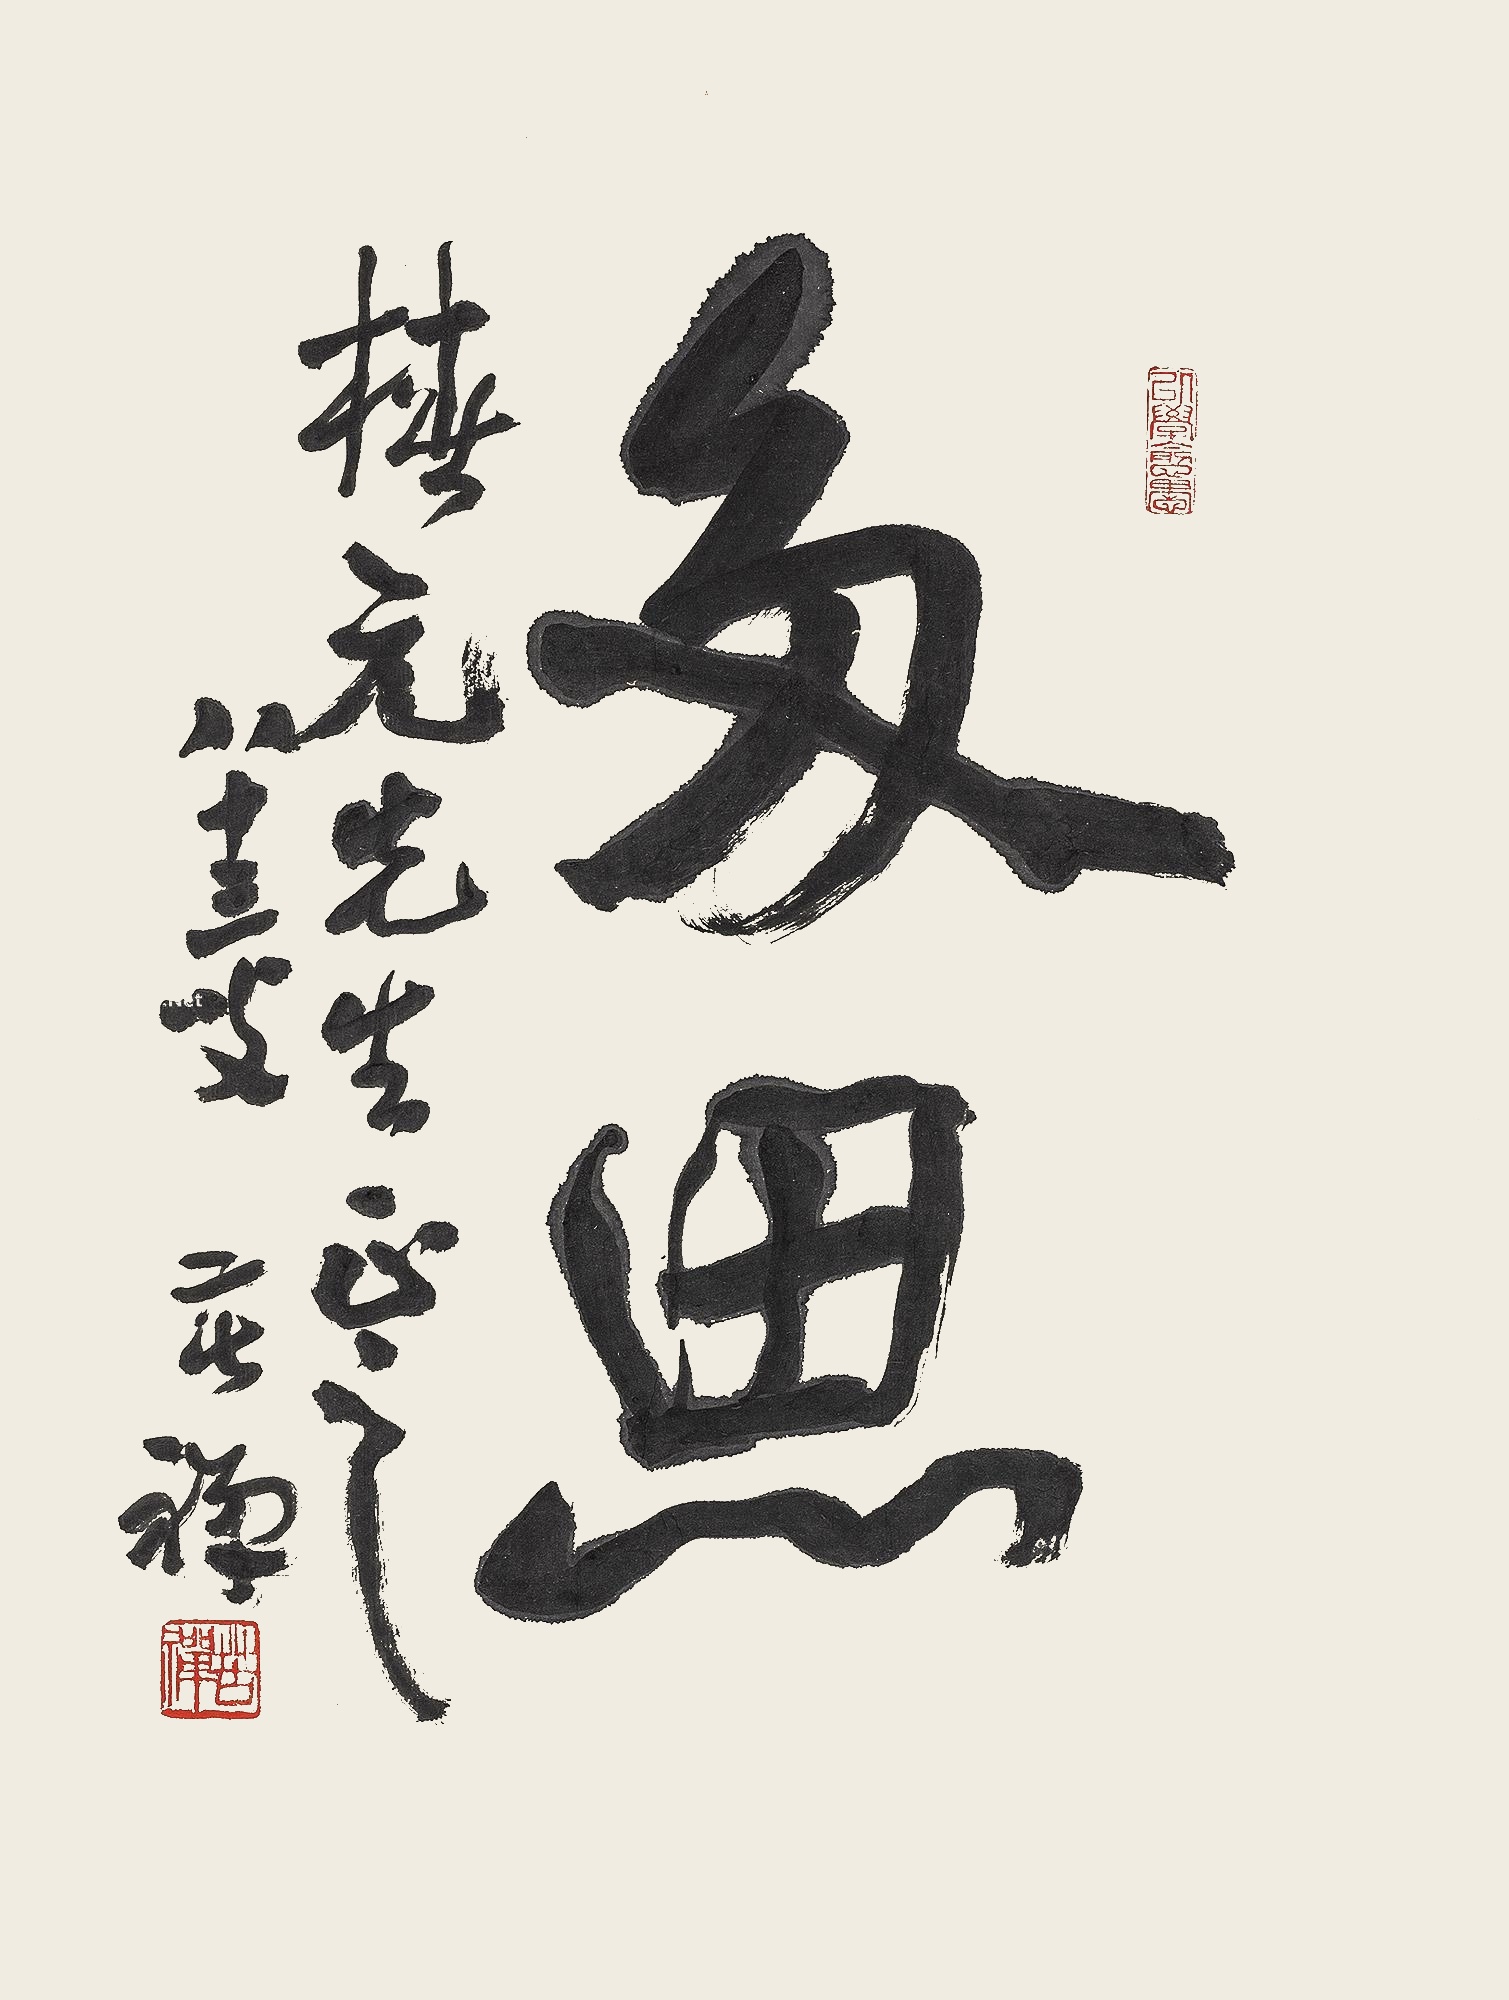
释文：多思椿元先生正之。八十三叟苦禅。